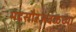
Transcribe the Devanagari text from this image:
मंदसौरजवळच्या